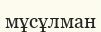
мұсұлман